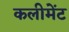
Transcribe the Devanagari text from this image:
कलीमेंट